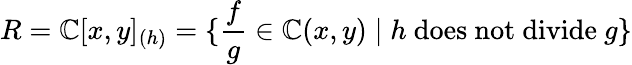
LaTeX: R=\mathbb{C}[x,y]_{(h)}=\{ {\frac{f}{g}}\in\mathbb{C}(x,y)\mid h{\mathrm{~does~not~divide~}}g\}